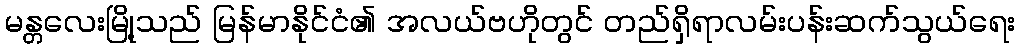
မန္တလေးမြို့သည် မြန်မာနိုင်ငံ၏ အလယ်ဗဟိုတွင် တည်ရှိရာလမ်းပန်းဆက်သွယ်ရေး